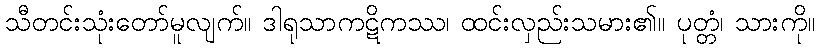
သီတင်းသုံးတော်မူလျက်။ ဒါရုသာကဋိကဿ၊ ထင်းလှည်းသမား၏။ ပုတ္တံ၊ သားကို။